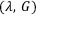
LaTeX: ( \lambda , \, G )